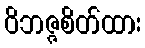
ဝိဘဇ္ဇစိတ်ထား